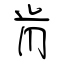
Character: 肯